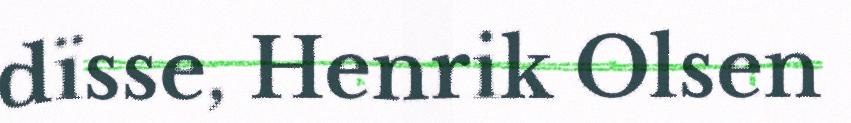
dïsse, Henrik Olsen